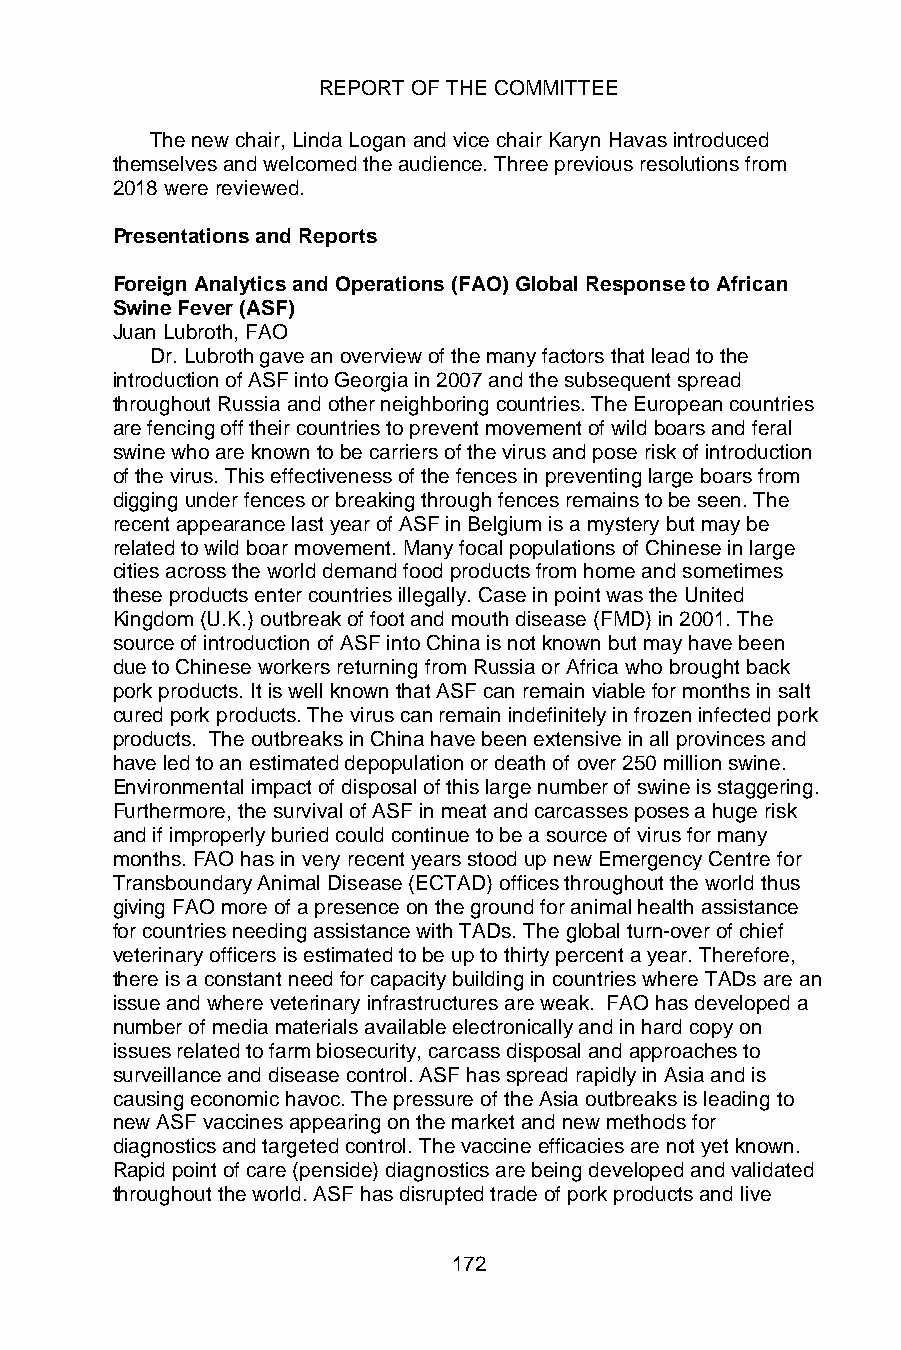
REPORT OF THE COMMITTEE
 The new chair, Linda Logan and vice chair Karyn Havas introduced
 themselves and welcomed the audience. Three previous resolutions from
 2018 were reviewed.
 Presentations and Reports
 Foreign Analytics and Operations (FAO) Global Response to African
 Swine Fever (ASF)
 Juan Lubroth, FAO
 Dr. Lubroth gave an overview of the many factors that lead to the
 introduction of ASF into Georgia in 2007 and the subsequent spread
 throughout Russia and other neighboring countries. The European countries
 are fencing off their countries to prevent movement of wild boars and feral
 swine who are known to be carriers of the virus and pose risk of introduction
 of the virus. This effectiveness of the fences in preventing large boars from
 digging under fences or breaking through fences remains to be seen. The
 recent appearance last year of ASF in Belgium is a mystery but may be
 related to wild boar movement. Many focal populations of Chinese in large
 cities across the world demand food products from home and sometimes
 these products enter countries illegally. Case in point was the United
 Kingdom (U.K.) outbreak of foot and mouth disease (FMD) in 2001. The
 source of introduction of ASF into China is not known but may have been
 due to Chinese workers returning from Russia or Africa who brought back
 pork products. It is well known that ASF can remain viable for months in salt
 cured pork products. The virus can remain indefinitely in frozen infected pork
 products. The outbreaks in China have been extensive in all provinces and
 have led to an estimated depopulation or death of over 250 million swine.
 Environmental impact of disposal of this large number of swine is staggering.
 Furthermore, the survival of ASF in meat and carcasses poses a huge risk
 and if improperly buried could continue to be a source of virus for many
 months. FAO has in very recent years stood up new Emergency Centre for
 Transboundary Animal Disease (ECTAD) offices throughout the world thus
 giving FAO more of a presence on the ground for animal health assistance
 for countries needing assistance with TADs. The global turn-over of chief
 veterinary officers is estimated to be up to thirty percent a year. Therefore,
 there is a constant need for capacity building in countries where TADs are an
 issue and where veterinary infrastructures are weak. FAO has developed a
 number of media materials available electronically and in hard copy on
 issues related to farm biosecurity, carcass disposal and approaches to
 surveillance and disease control. ASF has spread rapidly in Asia and is
 causing economic havoc. The pressure of the Asia outbreaks is leading to
 new ASF vaccines appearing on the market and new methods for
 diagnostics and targeted control. The vaccine efficacies are not yet known.
 Rapid point of care (penside) diagnostics are being developed and validated
 throughout the world. ASF has disrupted trade of pork products and live
 172